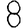
Digit: 8